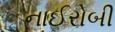
નાઈરોબી